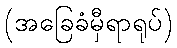
(အခြေခံမှီရာရုပ်)